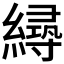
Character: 𦅛